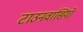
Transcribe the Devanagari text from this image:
टाउनवासियों